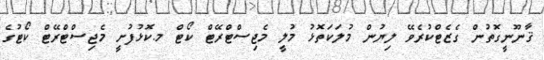
ޤާނޫނީގޮތުން ގެޒެޓްކުރެވޭ ލިޔުން މުލަކަތޮޅު މުލީ މެޖިސްޓްރޭޓް ކޯޓް މ.ކޮޅުފުށީ މެޖިސްޓްރޭޓް ކޯޓުގެ